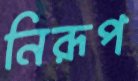
নিরূপ